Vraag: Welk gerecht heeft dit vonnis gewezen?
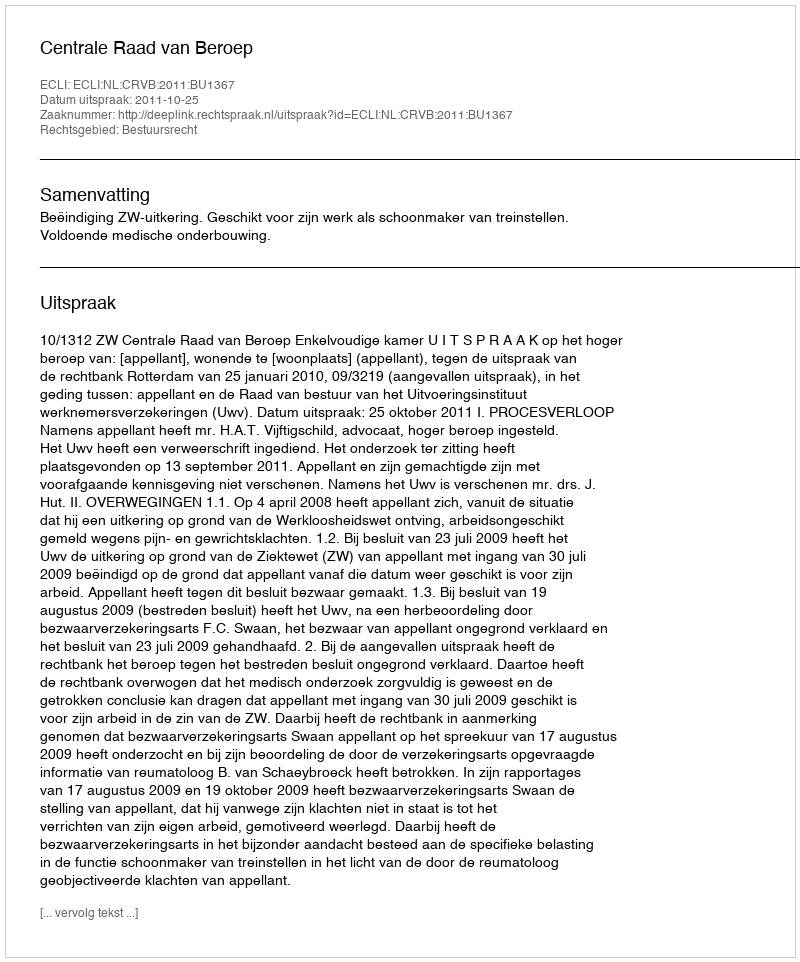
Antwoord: Centrale Raad van Beroep